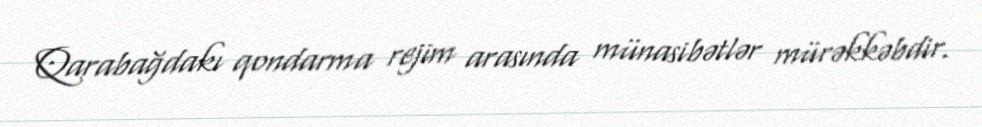
Qarabağdakı qondarma rejim arasında münasibətlər mürəkkəbdir.